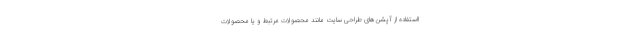
ااستفاده از آپشن‌های طراحی سایت مانند محصولات مرتبط و یا محصولات